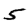
Digit: 5